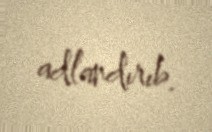
adlandırıb.